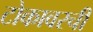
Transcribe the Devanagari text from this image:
टोकावरची